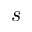
s